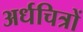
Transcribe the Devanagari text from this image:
अर्धचित्रों